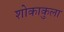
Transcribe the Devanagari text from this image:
शोकाकुला